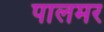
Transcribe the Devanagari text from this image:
पालमर